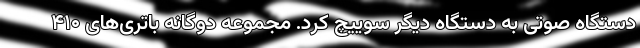
دستگاه صوتی به دستگاه دیگر سوییچ کرد. مجموعه‌ دوگانه باتری‌های ۴۱۰